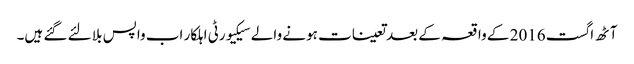
آٹھ اگست 2016 کے واقعہ کے بعد تعینات ہونے والے سیکیورٹی اہلکار اب واپس بلا لئے گئے ہیں۔